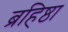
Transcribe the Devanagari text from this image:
ब्रहिष्ठा